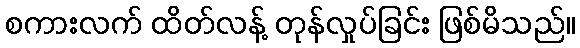
စကားလက် ထိတ်လန့် တုန်လှုပ်ခြင်း ဖြစ်မိသည်။